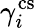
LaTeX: \gamma_{i}^{\mathrm{cs}}